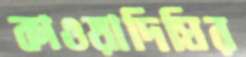
কাওয়াদিঘির